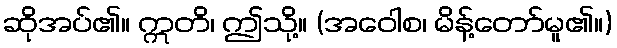
ဆိုအပ်၏။ ဣတိ၊ ဤသို့။ (အဝေါစ၊ မိန့်တော်မူ၏။)